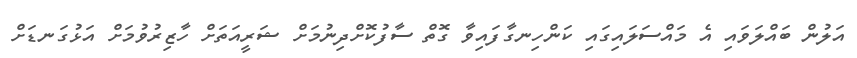
އަލުން ބައްލަވައި އެ މައްސަލައިގައި ކަންހިނގާފައިވާ ގޮތް ސާފުކޮށްދިނުމަށް ޝަރީއަތަށް ހާޒިރުވުމަށް އަޅުގަނޑަށް